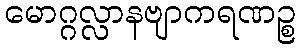
မောဂ္ဂလ္လာနဗျာကရဏဉ္စ